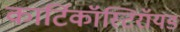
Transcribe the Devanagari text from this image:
कार्टिकॉस्टिरॉयड